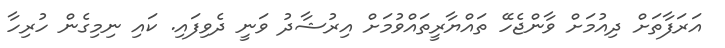
އަރަފާތަށް ދިއުމަށް ވާންޖެހޭ ތައްޔާރީތައްވުމަށް އިރުޝާދު ވަނީ ދެވިފައި. ކައި ނިމިގެން ހުރިހާ